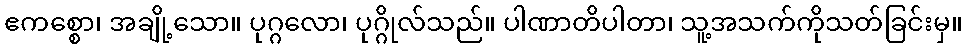
ဧကစ္စော၊ အချို့သော။ ပုဂ္ဂလော၊ ပုဂ္ဂိုလ်သည်။ ပါဏာတိပါတာ၊ သူ့အသက်ကိုသတ်ခြင်းမှ။